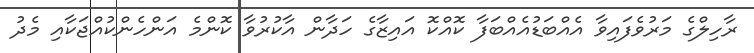
ރާހިލްގެ މަރުވެފައިވާ އެއްބަޑުއެއްބަފާ ކޮއްކޮ އައިޒާގެ ހަދާން އާކުރުވާ ކޮންމެ އަންހެންކުއްޖަކާއި މެދު